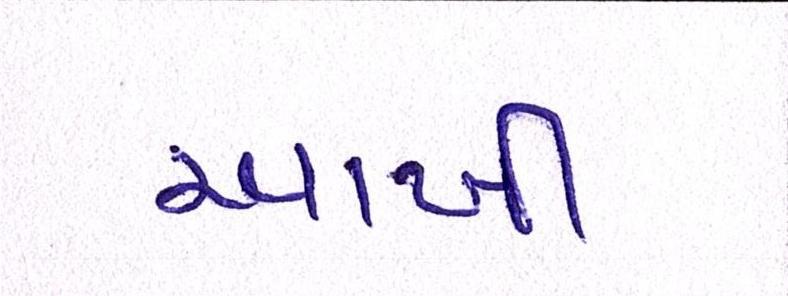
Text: આખી